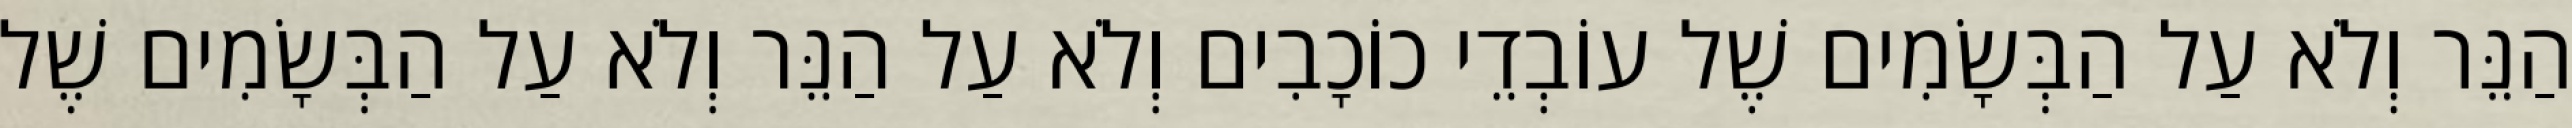
הַנֵּר וְלֹא עַל הַבְּשָׂמִים שֶׁל עוֹבְדֵי כוֹכָבִים וְלֹא עַל הַנֵּר וְלֹא עַל הַבְּשָׂמִים שֶׁל